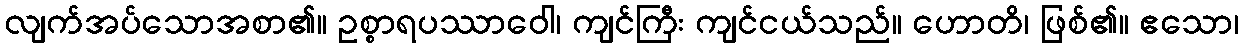
လျက်အပ်သောအစာ၏။ ဥစ္စာရပဿာဝေါ၊ ကျင်ကြီး ကျင်ငယ်သည်။ ဟောတိ၊ ဖြစ်၏။ ဧသော၊